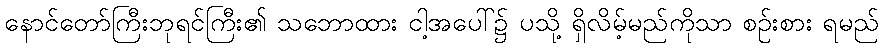
နောင်တော်ကြီးဘုရင်ကြီး၏ သဘောထား ငါ့အပေါ်၌ ပသို့ ရှိလိမ့်မည်ကိုသာ စဉ်းစား ရမည်